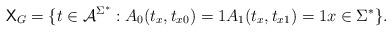
LaTeX: \begin{align*}\mathsf{X}_G = \{t \in \mathcal{A}^{\Sigma^*}: A_0(t_x, t_{x0}) = 1 A_1(t_x, t_{x1}) = 1 x \in \Sigma^*\}.\end{align*}